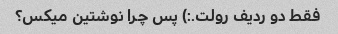
فقط دو ردیف رولت.:) پس چرا نوشتین میکس؟